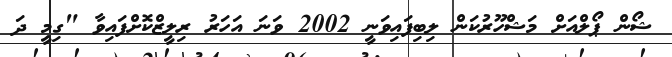
ޝޯން ޕޯލްއަށް މަޝްހޫރުކަން ލިބިފައިވަނީ 2002 ވަނަ އަހަރު ރިލީޒްކޮށްފައިވާ "ގިމީ ދަ